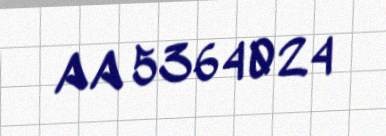
AA 5364024